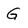
Character: G